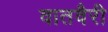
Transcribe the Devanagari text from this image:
वातवैरी